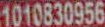
1010830956